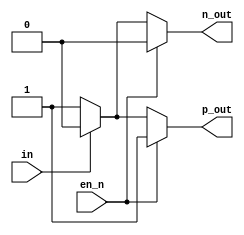
// SPDX-FileCopyrightText: 2020 Efabless Corporation
//
// Licensed under the Apache License, Version 2.0 (the "License");
// you may not use this file except in compliance with the License.
// You may obtain a copy of the License at
//
//      http://www.apache.org/licenses/LICENSE-2.0
//
// Unless required by applicable law or agreed to in writing, software
// distributed under the License is distributed on an "AS IS" BASIS,
// WITHOUT WARRANTIES OR CONDITIONS OF ANY KIND, either express or implied.
// See the License for the specific language governing permissions and
// limitations under the License.
// SPDX-License-Identifier: Apache-2.0

`default_nettype none
/*
 *-------------------------------------------------------------
 *
 * HBrigeDriver
 *
 *
 *-------------------------------------------------------------
 */
module HBrigeDriver(
  output wire p_out,
  output wire n_out,
  input wire en_n,
  input wire in
);

 assign n_out = en_n ? 1'b0 : in ? 1'b0 : 1'b1; 
 assign p_out = en_n ? 1'b1 : in ? 1'b0 : 1'b1; 

endmodule